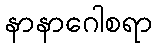
နာနာဂေါစရာ